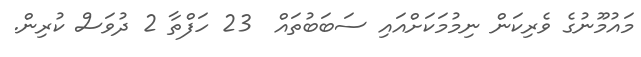
މައުމޫނުގެ ވެރިކަން ނިމުމަކަށްއައި ސަބަބުތައް  23 ހަފްތާ 2 ދުވަސް ކުރިން.